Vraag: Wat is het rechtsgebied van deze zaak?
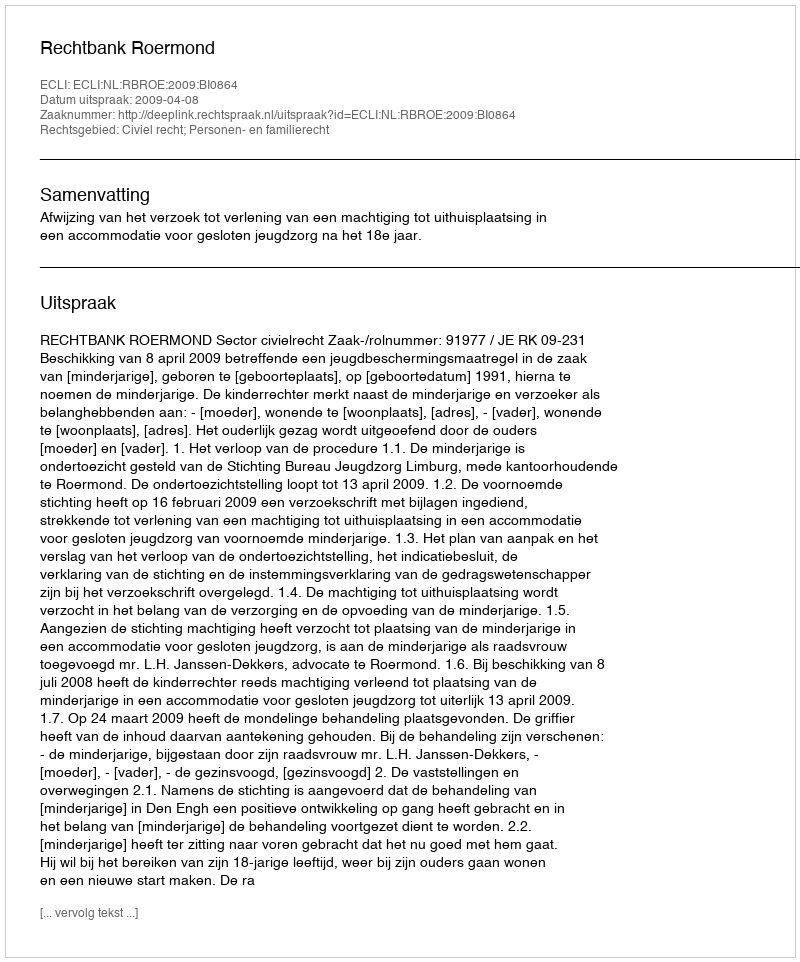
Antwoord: Civiel recht; Personen- en familierecht